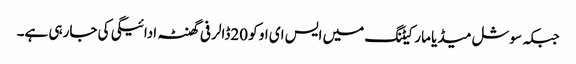
جبکہ سوشل میڈیا مارکیٹنگ میں ایس ای او کو 20ڈالر فی گھنٹہ ادائیگی کی جارہی ہے۔